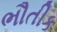
ભૌતીક